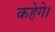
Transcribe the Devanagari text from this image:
कहेगे।